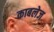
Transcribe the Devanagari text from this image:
काबलेज